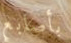
بأصابع